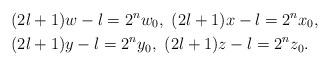
LaTeX: \begin{align*}&(2l+1)w-l=2^nw_0,\ (2l+1)x-l=2^nx_0,\\ &(2l+1)y-l=2^ny_0, \ (2l+1)z-l=2^nz_0.\end{align*}